Civil Veterinary Department Bengal reports 1933-51 - 1933-1951
Year: 1933
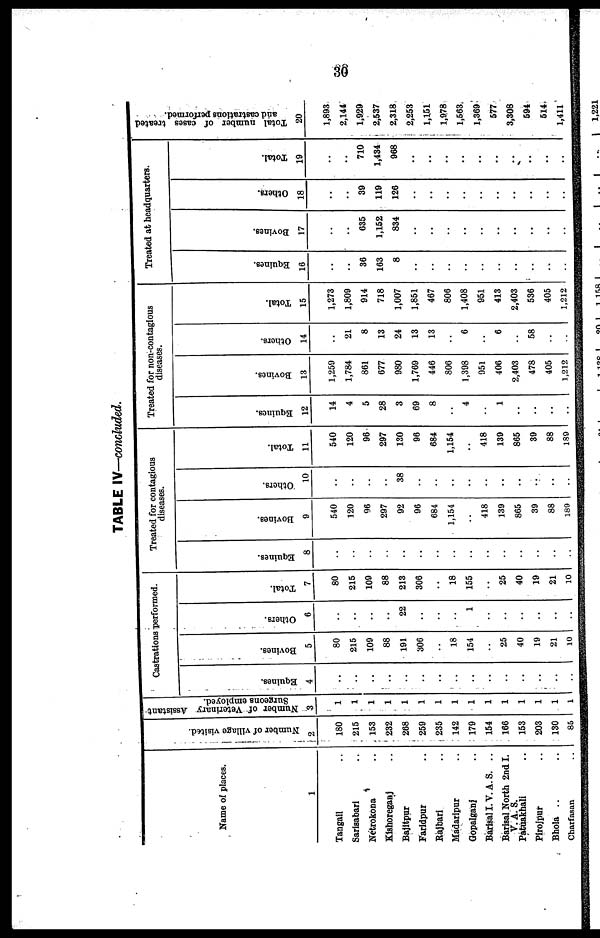
36
TABLE IV—concluded.
Name of places.
1
Tangail
Sarisabari
Netrokona
Kishoreganj
Bajitpur
Faridpur
Rajbari
Madaripur
Gopalganj
Barisal I.V.A.S. ..
Barisal North 2nd I.
V. A. S.
Patuakhali
Pirojpur
Bhola
Charfasan
Number of village visited.
2
180
215
153
232
268
259
1,235
142
179
154
166
153
203
130
85
Number of Veterinary Assistant-
Surgeons employed.
3
1
1
1
1
1
1
1
1
1
1
1
1
1
1
1
Castrations performed.
Equines.
4
..
..
..
..
..
..
..
..
..
..
..
..
..
..
..
Bovines.
5
80
215
109
88
191
306
..
18
154
..
25
40
19
21
10
Others.
6
..
..
..
..
22
..
..
..
1
..
..
..
..
..
..
Total.
7
80
215
109
88
213
306
..
18
155
..
25
40
19
21
10
Treated for contagious
diseases.
Equines.
8
..
..
..
..
..
..
..
..
..
..
..
..
..
..
..
Bovines.
9
540
120
96
297
92
96
684
1,154
418
139
865
39
88
189
Others.
10
..
..
..
..
38
..
..
..
..
..
..
..
..
..
..
Total.
11
540
120
96
297
130
96
684
1,154
..
418
139
865
39
88
189
Treated for non-contagious
diseases.
Equines.
12
14
4
5
28
3
69
8
..
4
..
1
..
..
..
..
Bovines.
13
1,259
1,784
861
677
980
1,769
446
806
1,398
951
406
2,403
478
405
1,212
Others.
14
21
8
13
24
13
13
..
6
..
6
..
58
..
..
Total.
15
1,273
1,809
914
718
1,007
1,851
467
806
1,408
951
413
2,403
536
405
1,212
Treated at headquarters.
Equines.
16
..
..
36
163
8
..
..
..
..
..
..
..
..
..
..
Bovines.
17
..
..
635
1,152
834
..
..
..
..
..
..
..
..
..
..
Others.
18
..
..
39
Total.
19
..
..
710
119
1,434
126
..
..
..
..
..
..
..
..
..
..
968
..
..
..
..
..
..
..
..
..
..
Total number of cases treated
and castrations performed.
20
1,893
2,144
1,929
2,537
2,318,
2,253
1,151
1,978
1,563
1,369
577
3,308
594
514
1,411